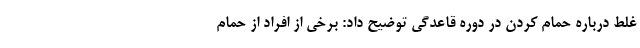
غلط درباره حمام کردن در دوره قاعدگی توضیح داد: برخی از افراد از حمام